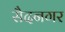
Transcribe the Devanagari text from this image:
सैदनगर